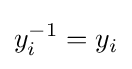
y_{i}^{-1}=y_{i}